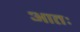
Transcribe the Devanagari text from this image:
आतः